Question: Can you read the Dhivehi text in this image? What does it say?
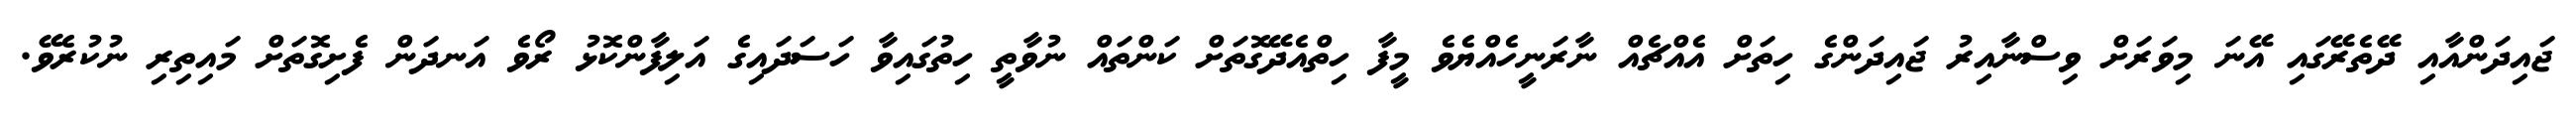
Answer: ޖައިދަންއާއި ދޭތެރޭގައި އޭނަ މިވަރަށް ވިސްނާއިރު ޖައިދަންގެ ހިތަށް އެއްޗެއް ނާރަނީހެއްޔެވެ މީފާ ހިތްއެދޭގޮތަށް ކަންތައް ނުވާތީ ހިތުގައިވާ ހަސަދައިގެ އަލިފާންކޮޅު ރޯވެ އަނދަން ފެށިގޮތަށް މައިތިރި ނުކުރެވޭ.